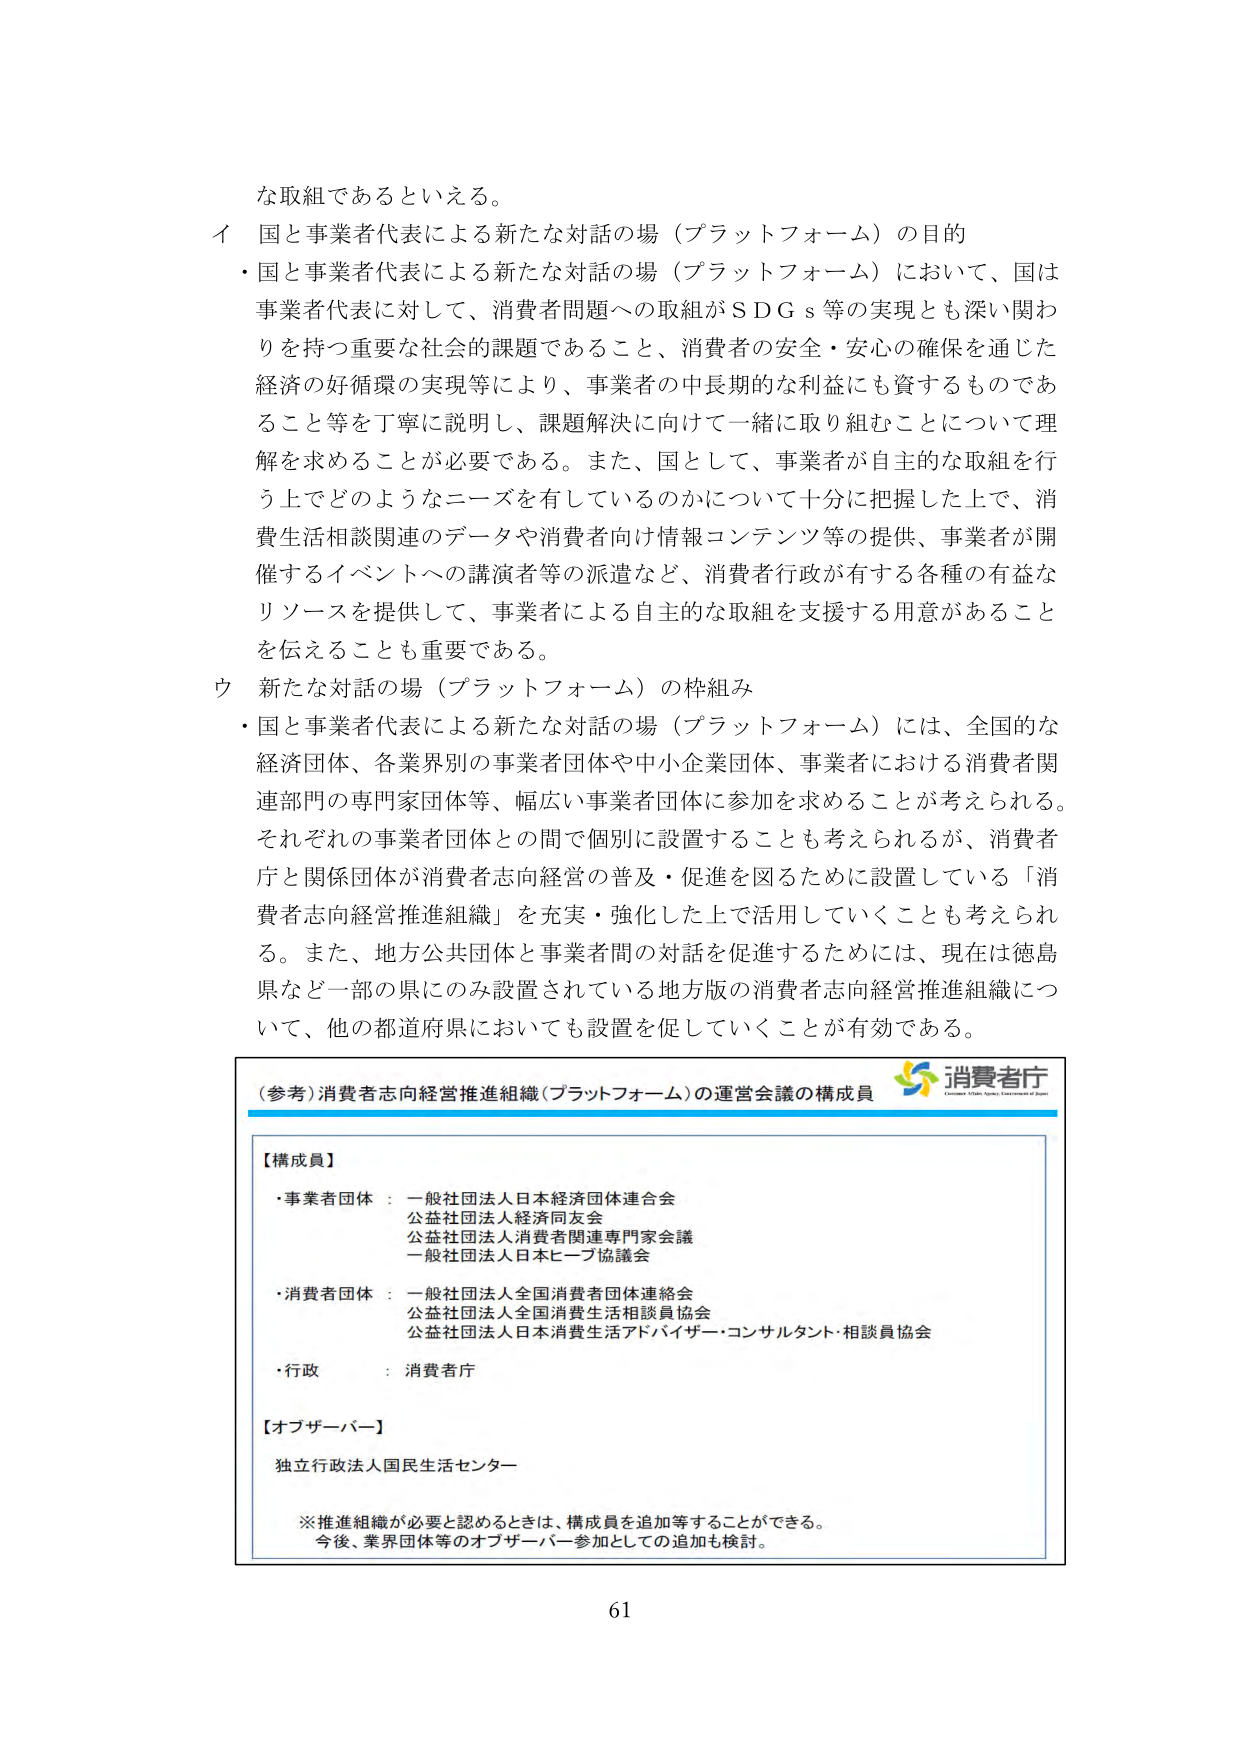
な取組であるといえる。

イ 国と事業者代表による新たな対話の場（プラットフォーム）の目的
・国と事業者代表による新たな対話の場（プラットフォーム）において、国は事業者代表に対して、消費者問題への取組がＳＤＧｓ等の実現とも深い関わりを持つ重要な社会的課題であること、消費者の安全・安心の確保を通じた経済の好循環の実現等により、事業者の中長期的な利益にも資するものであること等を丁寧に説明し、課題解決に向けて一緒に取り組むことについて理解を求めることが必要である。また、国として、事業者が自主的な取組を行う上でどのようなニーズを有しているのかについて十分に把握した上で、消費生活相談関連のデータや消費者向け情報コンテンツ等の提供、事業者が開催するイベントへの講演者等の派遣など、消費者行政が有する各種の有益なリソースを提供して、事業者による自主的な取組を支援する用意があることを伝えることも重要である。

ウ 新たな対話の場（プラットフォーム）の枠組み
・国と事業者代表による新たな対話の場（プラットフォーム）には、全国的な経済団体、各業界別の事業者団体や中小企業団体、事業者における消費者関連部門の専門家団体等、幅広い事業者団体に参加を求めることができる。それぞれの事業者団体との間で個別に設置することも考えられるが、消費者庁と関係団体が消費者志向経営の普及・促進を図るために設置している「消費者志向経営推進組織」を充実・強化した上で活用していくことも考えられる。また、地方公共団体と事業者間の対話を促進するためには、現在は徳島県など一部の県にのみ設置されている地方版の消費者志向経営推進組織について、他の都道府県においても設置を促していくことが有効である。

（参考）消費者志向経営推進組織（プラットフォーム）の運営会議の構成員
消費者庁
Consumer Affairs Agency of Japan

【構成員】
・事業者団体：一般社団法人日本経済団体連合会
公益社団法人経済同友会
公益社団法人消費者関連専門家会議
一般社団法人日本ビーブ協議会
・消費者団体：一般社団法人全国消費者団体連絡会
公益社団法人全国消費生活相談員協会
公益社団法人日本消費生活アドバイザー・コンサルタント・相談員協会
・行政：消費者庁

【オブザーバー】
独立行政法人国民生活センター

※推進組織が必要と認めるときは、構成員を追加等することができる。
今後、業界団体等のオブザーバー参加としての追加も検討。

61